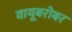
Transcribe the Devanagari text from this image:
वायूबरोबर